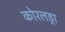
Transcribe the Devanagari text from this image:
कोरलड्रा